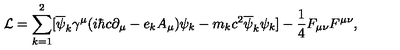
{ \cal L } = \sum _ { k = 1 } ^ { 2 } [ \overline { { \psi } } _ { k } { \gamma } ^ { \mu } ( i { \hbar } c { \partial } _ { \mu } - e _ { k } A _ { \mu } ) { \psi } _ { k } - m _ { k } c ^ { 2 } \overline { { \psi } } _ { k } { \psi } _ { k } ] - \frac { 1 } { 4 } F _ { \mu \nu } F ^ { \mu \nu } ,